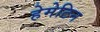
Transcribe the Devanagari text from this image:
हेमेटिन